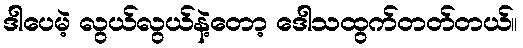
ဒါပေမဲ့ လွယ်လွယ်နဲ့တော့ ဒေါသထွက်တတ်တယ်။